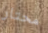
محتار